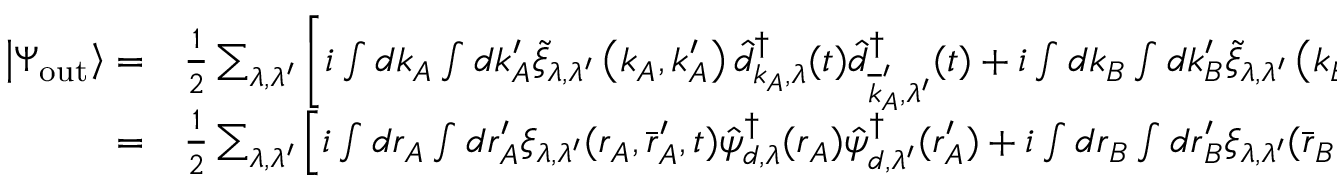
\begin{array} { r l } { \left| \Psi _ { \mathrm { o u t } } \right\rangle = } & { { } \frac { 1 } { 2 } \sum _ { \lambda , \lambda ^ { \prime } } \left[ i \int d \boldsymbol { k } _ { A } \int d \boldsymbol { k } _ { A } ^ { \prime } \tilde { \xi } _ { \lambda , \lambda ^ { \prime } } \left( \boldsymbol { k } _ { A } , \boldsymbol { k } _ { A } ^ { \prime } \right) \hat { d } _ { \boldsymbol { k } _ { A } , \lambda } ^ { \dagger } ( t ) \hat { d } _ { \overline { { \boldsymbol { k } } } _ { A } ^ { \prime } , \lambda ^ { \prime } } ^ { \dagger } ( t ) + i \int d \boldsymbol { k } _ { B } \int d \boldsymbol { k } _ { B } ^ { \prime } \tilde { \xi } _ { \lambda , \lambda ^ { \prime } } \left( \boldsymbol { k } _ { B } , \boldsymbol { k } _ { B } ^ { \prime } \right) \hat { c } _ { \overline { { \boldsymbol { k } } } _ { B } , \lambda } ^ { \dagger } ( t ) \hat { c } _ { \boldsymbol { k } _ { B } ^ { \prime } , \lambda ^ { \prime } } ^ { \dagger } ( t ) \right. } \\ { = } & { { } \frac { 1 } { 2 } \sum _ { \lambda , \lambda ^ { \prime } } \left[ i \int d \boldsymbol { r } _ { A } \int d \boldsymbol { r } _ { A } ^ { \prime } \xi _ { \lambda , \lambda ^ { \prime } } ( \boldsymbol { r } _ { A } , \bar { \boldsymbol { r } } _ { A } ^ { \prime } , t ) \hat { \psi } _ { d , \lambda } ^ { \dagger } ( \boldsymbol { r } _ { A } ) \hat { \psi } _ { d , \lambda ^ { \prime } } ^ { \dagger } ( \boldsymbol { r } _ { A } ^ { \prime } ) + i \int d \boldsymbol { r } _ { B } \int d \boldsymbol { r } _ { B } ^ { \prime } \xi _ { \lambda , \lambda ^ { \prime } } ( \bar { \boldsymbol { r } } _ { B } , \boldsymbol { r } _ { B } ^ { \prime } , t ) \hat { \psi } _ { c , \lambda } ^ { \dagger } ( \boldsymbol { r } _ { B } ) \hat { \psi } _ { c , \lambda ^ { \prime } } ^ { \dagger } ( \boldsymbol { r } _ { B } ^ { \prime } ) \right. } \end{array}